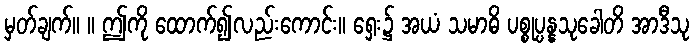
မှတ်ချက်။ ။ ဤကို ထောက်၍လည်းကောင်း။ ရှေး၌ အယံ သမာဓိ ပစ္စုပ္ပန္နသုခေါတိ အာဒီသု